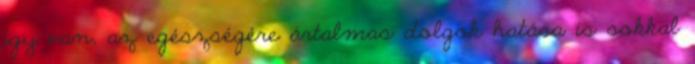
így van, az egészségére ártalmas dolgok hatása is sokkal